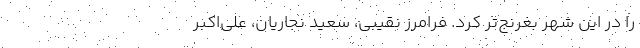
را در این شهر بغرنج‌تر کرد. فرامرز نقیبی، سعید نجاریان، علی‌اکبر